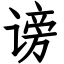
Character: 谤